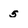
Character: 5